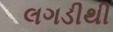
લગડીથી